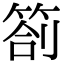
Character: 箚